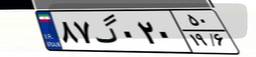
۸۷گ۰۲۰۵۰